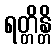
ရတ္တိန္တိ